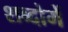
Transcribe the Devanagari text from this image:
शब्दोमें